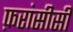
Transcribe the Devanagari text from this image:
फ़रांसीसी